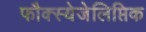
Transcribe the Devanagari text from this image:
फौक्स्येजेलिप्तिक